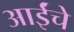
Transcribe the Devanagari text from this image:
आईंचे